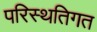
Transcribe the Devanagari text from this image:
परिस्थतिगत